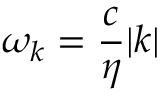
\omega _ { \boldsymbol { k } } = \frac { c } { \eta } | { \boldsymbol { k } } |